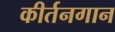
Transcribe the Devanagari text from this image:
कीर्तनगान